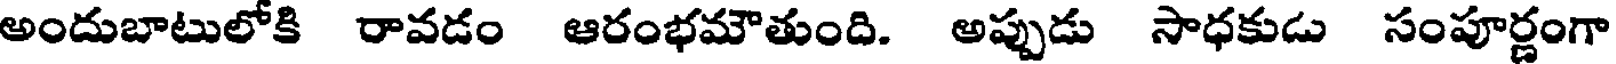
అందుబాటులోకి రావడం ఆరంభమౌతుంది. అప్పుడు సాధకుడు సంపూర్ణంగా